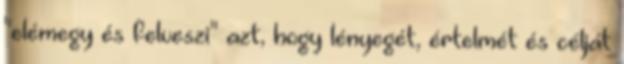
"elémegy és felveszi" azt, hogy lényegét, értelmét és célját